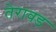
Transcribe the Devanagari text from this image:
तेरावड